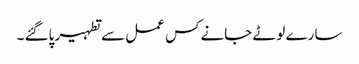
سارے لوٹے جانے کس عمل سے تطہیر پاگئے ۔